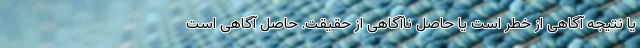
یا نتیجه آگاهی از خطر است یا حاصل ناآگاهی از حقیقت. حاصل آگاهی است